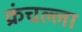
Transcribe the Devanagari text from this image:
क्रंचल्ला